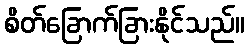
စိတ်ခြောက်ခြားနိုင်သည်။